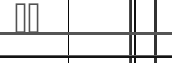
٩٢